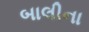
બાલીના